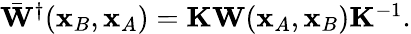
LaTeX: \begin{array}{r}{\bar{\mathbf W}^{\dagger}({\mathbf x}_{B},{\mathbf x}_{A})={\mathbf K}{\mathbf W}({\mathbf x}_{A},{\mathbf x}_{B}){\mathbf K}^{-1}.}\end{array}